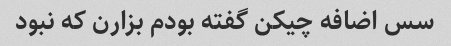
سس اضافه چیکن گفته بودم بزارن که نبود